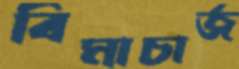
বিমাচার্জ